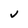
Character: v